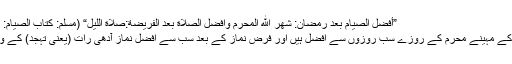
”أفضل الصيام بعد رمضان: شهر الله المحرم وافضل الصلاة بعد الفريضة:صلاة الليل“ (مسلم: کتاب الصيام: باب فضل صوم المحرم؛۱۱۶۳)
”رمضان المبارک کے بعد اللہ کے مہینے محرم کے روزے سب روزوں سے افضل ہیں اور فرض نماز کے بعد سب سے افضل نماز آدھی رات (یعنی تہجد) کے وقت پڑھی جانے والی نماز ہے۔